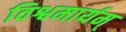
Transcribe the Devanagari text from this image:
विश्वमार्यम्‌